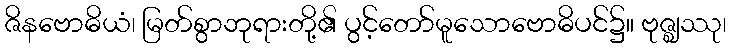
ဇိနဗောဓိယံ၊ မြတ်စွာဘုရားတို့၏ ပွင့်တော်မူသောဗောဓိပင်၌။ ဗုဇ္ဈဿု၊